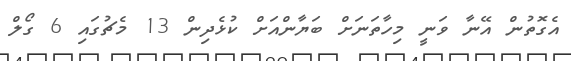
އެގޮތުން އޭނާ ވަނީ މިހާތަނަށް ބަޔާންއަށް ކުޅެދިން 13 މެޗުގައި 6 ގޯލް